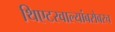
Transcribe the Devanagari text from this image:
थिएटरवाल्यांबरोबरच